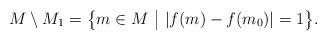
LaTeX: \begin{align*}M\setminus M_1 = \big\{ m\in M\ \big|\ |f(m)-f(m_0)| = 1\big\}.\end{align*}